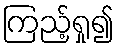
ကြည့်ရှု၍